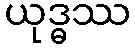
ယုဒ္ဓဿ